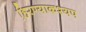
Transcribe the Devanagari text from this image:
हिरण्याकश्यप